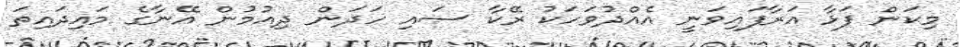
މިކަން ފަޅާ އަރާފައިވަނީ އެއްދުވަހަކު ރޭކާ ސައި ހަދަން ދިއުމުން އޭނާގެ މައިދައިތަ